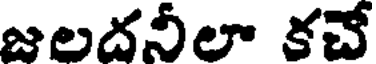
జలదనీలా కచే